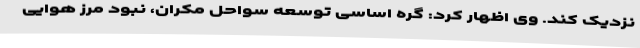
نزدیک کند. وی اظهار کرد: گره اساسی توسعه سواحل مکران، نبود مرز هوایی